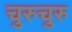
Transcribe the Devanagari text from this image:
चुरुचुरु